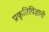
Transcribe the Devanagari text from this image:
प्रकृतिविज्ञानी